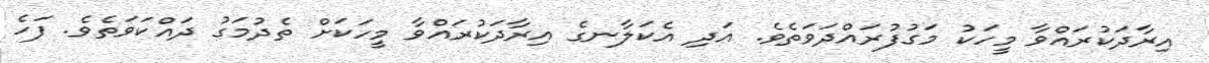
އިރާދަކުރައްވާ މީހަކު މަގުފުރައްދަވަތެވެ. އަދި އެކަލާނގެ އިރާދަކުރައްވާ މީހަކަށް ތެދުމަގު ދައްކަވަތެވެ. ފަހެ